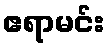
ဧရာမင်း